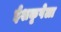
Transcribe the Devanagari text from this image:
ईशकृपेला